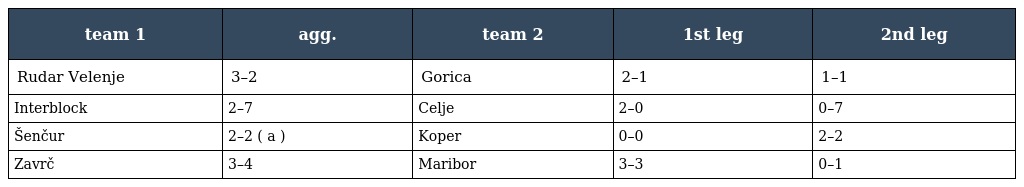
| team 1 | agg. | team 2 | 1st leg | 2nd leg |
 | --- | --- | --- | --- | --- |
 | Rudar Velenje | 3–2 | Gorica | 2–1 | 1–1 |
 | Interblock | 2–7 | Celje | 2–0 | 0–7 |
 | Šenčur | 2–2 ( a ) | Koper | 0–0 | 2–2 |
 | Zavrč | 3–4 | Maribor | 3–3 | 0–1 |